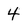
Character: 4